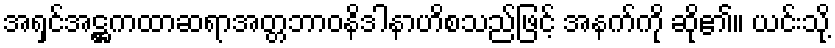
အရှင်အဋ္ဌကထာဆရာအတ္တဘာဝနိဒါနာဟိစသည်ဖြင့် အနက်ကို ဆို၏။ ယင်းသို့